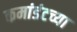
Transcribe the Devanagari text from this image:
कमांडंटच्या